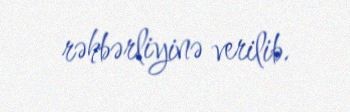
rəhbərliyinə verilib.